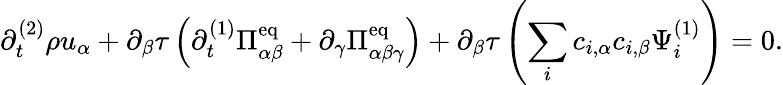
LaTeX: \partial_{t}^{(2)}\rho u_{\alpha}+\partial_{\beta}\tau\left(\partial_{t}^{(1)}\Pi_{\alpha\beta}^{\mathrm{eq}}+\partial_{\gamma}\Pi_{\alpha\beta\gamma}^{\mathrm{eq}}\right)+\partial_{\beta}\tau\left(\sum_{i}c_{i,\alpha}c_{i,\beta}\Psi_{i}^{(1)}\right)=0.